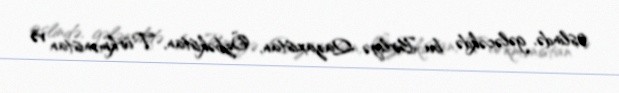
Əslində, gələcəkdə bu Birliyə Qazaxıstan, Özbəkistan, Türkmənistan və